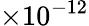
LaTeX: \times 10^{-12}